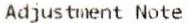
ADJUSTMENT NOTE